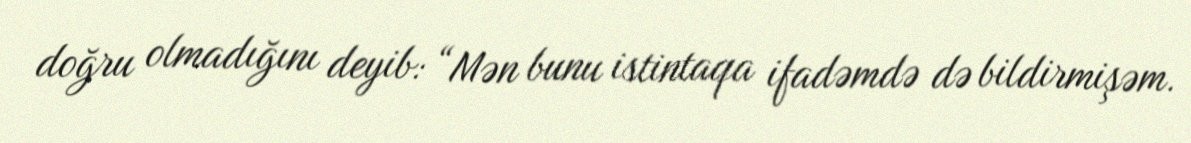
doğru olmadığını deyib: “Mən bunu istintaqa ifadəmdə də bildirmişəm.